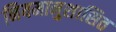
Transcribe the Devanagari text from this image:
नियमानुशासित